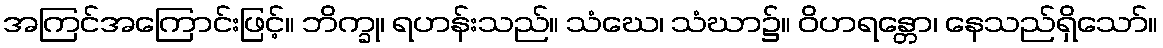
အကြင်အကြောင်းဖြင့်။ ဘိက္ခု၊ ရဟန်းသည်။ သံဃေ၊ သံဃာ၌။ ဝိဟရန္တော၊ နေသည်ရှိသော်။